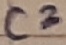
Text: C2